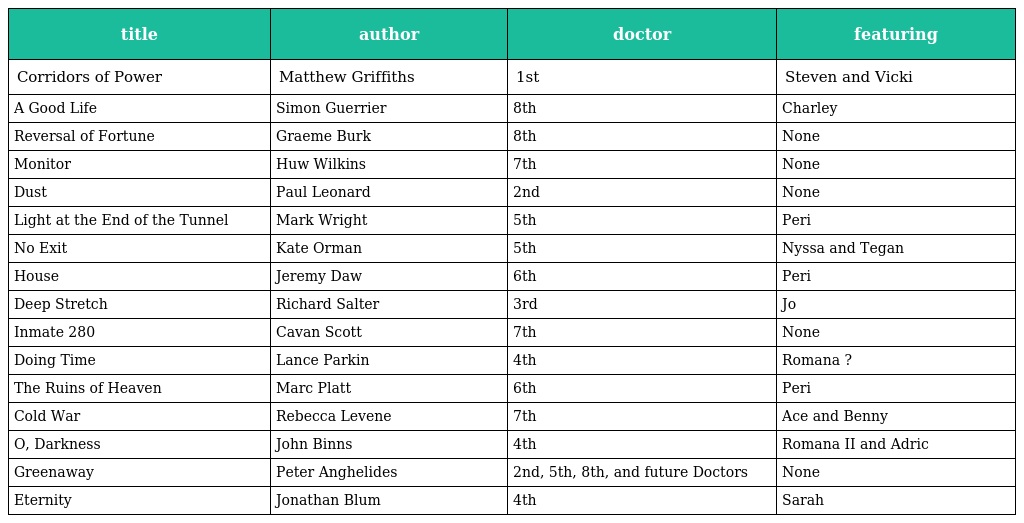
| title | author | doctor | featuring |
 | --- | --- | --- | --- |
 | Corridors of Power | Matthew Griffiths | 1st | Steven and Vicki |
 | A Good Life | Simon Guerrier | 8th | Charley |
 | Reversal of Fortune | Graeme Burk | 8th | None |
 | Monitor | Huw Wilkins | 7th | None |
 | Dust | Paul Leonard | 2nd | None |
 | Light at the End of the Tunnel | Mark Wright | 5th | Peri |
 | No Exit | Kate Orman | 5th | Nyssa and Tegan |
 | House | Jeremy Daw | 6th | Peri |
 | Deep Stretch | Richard Salter | 3rd | Jo |
 | Inmate 280 | Cavan Scott | 7th | None |
 | Doing Time | Lance Parkin | 4th | Romana ? |
 | The Ruins of Heaven | Marc Platt | 6th | Peri |
 | Cold War | Rebecca Levene | 7th | Ace and Benny |
 | O, Darkness | John Binns | 4th | Romana II and Adric |
 | Greenaway | Peter Anghelides | 2nd, 5th, 8th, and future Doctors | None |
 | Eternity | Jonathan Blum | 4th | Sarah |